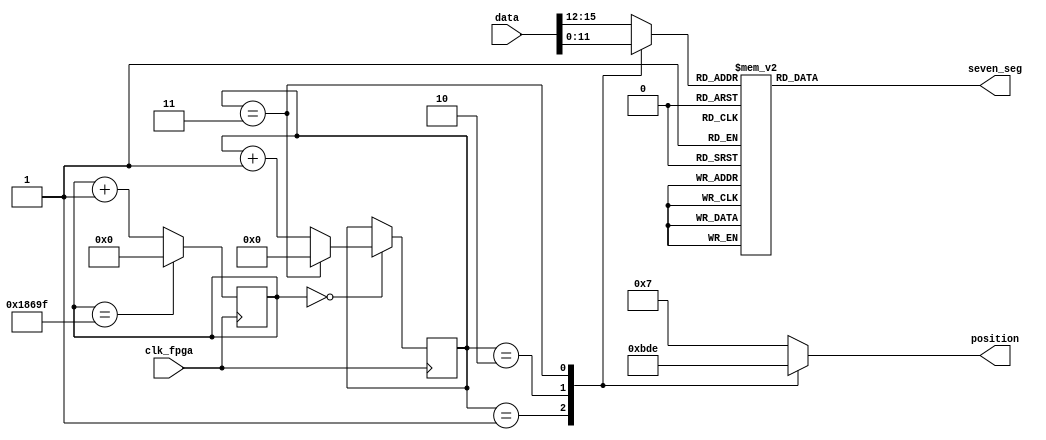
`timescale 1ns / 1ps
//////////////////////////////////////////////////////////////////////////////////
// Company: 
// Engineer: 
// 
// Design Name: 
// Module Name: bcd_scan_display
// Project Name: 
// Target Devices: 
// Tool Versions: 
// Description: 
// 
// Dependencies: 
// 
// Revision:
// Revision 0.01 - File Created
// Additional Comments:
// 
//////////////////////////////////////////////////////////////////////////////////


module bcd_scan_display(
    input clk_fpga,
    input [15:0] data,
    output reg [6:0] seven_seg,
    output reg [3:0] position
    );

    
    wire [3:0] A, B, C, D;
    assign A = data[15:12];
    assign B = data[11:8];
    assign C = data[7:4];
    assign D = data[3:0];
    reg [3:0] counter;
    reg [3:0] digit;
    parameter zero = 7'b100_0000;
    parameter one = 7'b111_1001;
    parameter two = 7'b010_0100;
    parameter three = 7'b011_0000;
    parameter four = 7'b001_1001;
    parameter five = 7'b001_0010;
    parameter six = 7'b000_0010;
    parameter seven = 7'b111_1000;
    parameter eight = 7'b000_0000;
    parameter nine = 7'b001_0000;
    parameter ten = 7'b000_1000;
    parameter eleven = 7'b001_0011;
    parameter twelve = 7'b100_0110;
    parameter thirteen = 7'b010_0001;
    parameter fourteen = 7'b000_0110;
    parameter fifteen = 7'b000_1110;
    
    parameter MAX_COUNT = 99999;
    wire    counter_en;
    reg [27:0] counter_100M;

    always@ (posedge clk_fpga)
    begin
        if (counter_100M == MAX_COUNT)
            counter_100M <= 0;
        else
            counter_100M <= counter_100M + 1'b1;    
    end
    
    assign counter_en = counter_100M == 0;
    
    always @(digit)
    begin
        case(digit)
            0: seven_seg = zero;
            1: seven_seg = one;
            2: seven_seg = two;
            3: seven_seg = three;
            4: seven_seg = four;
            5: seven_seg = five;
            6: seven_seg = six;
            7: seven_seg = seven;
            8: seven_seg = eight;
            9: seven_seg = nine;
            10: seven_seg = ten;
            11: seven_seg = eleven;
            12: seven_seg = twelve;
            13: seven_seg = thirteen;
            14: seven_seg = fourteen;
            15: seven_seg = fifteen;
            default: seven_seg = 7'b111_1111;
        endcase
    end

    always @(posedge clk_fpga)
    begin
      if(counter_en)
        if (counter == 3)
               counter = 0;
        else
           counter = counter + 1'b1; 
    end

    always @(counter)
    begin
        case(counter)
            0: position = 4'b0111;
            1: position = 4'b1011;
            2: position = 4'b1101;
            3: position = 4'b1110;
            default: position = 4'b0111;
        endcase
    end

    always @(counter, A, B, C, D)
    begin
        case(counter)
            0: digit = A;
            1: digit = B;
            2: digit = C;
            3: digit = D;
            default: digit = A;
        endcase
    end   

endmodule